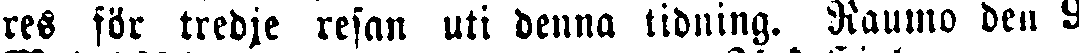
reS för tredje resan uti denna tidning. Raumo den 9